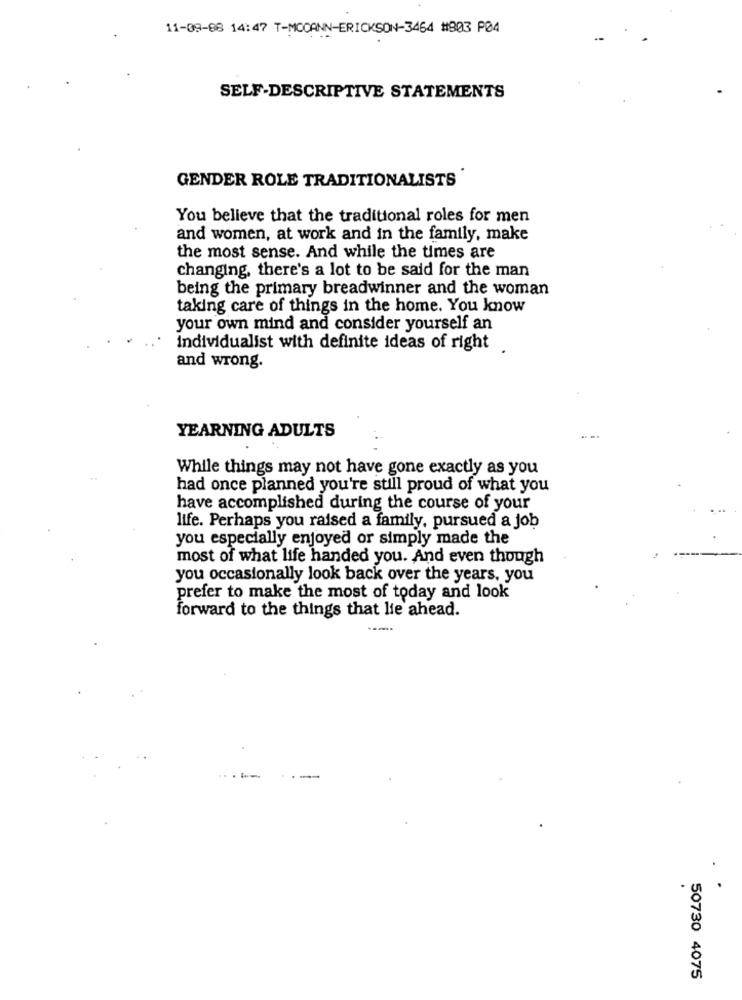
11-09-08 14:47 T-MCCANN-ERICKSON-3464 #803 P04
SELF-DESCRIPTIVE STATEMENTS
GENDER ROLE TRADITIONALISTS
You believe that the traditional roles for men
and women, at work and in the family, make
the most sense. And while the times are
changing, there's a lot to be said for the man
being the primary breadwinner and the woman
taking care of things in the home. You know
your own mind and consider yourself an
individualist with definite ideas of right
and wrong.
YEARNING ADULTS
While things may not have gone exactly as you
had once planned you're still proud of what you
have accomplished during the course of your
life. Perhaps you raised a family, pursued a job
you especially enjoyed or simply made the
most of what life handed you. And even though
you occasionally look back over the years, you
prefer to make the most of today and look
forward to the things that lie ahead.
50730 4075